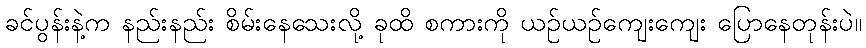
ခင်ပွန်းနဲ့က နည်းနည်း စိမ်းနေသေးလို့ ခုထိ စကားကို ယဉ်ယဉ်ကျေးကျေး ပြောနေတုန်းပဲ။